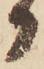
か